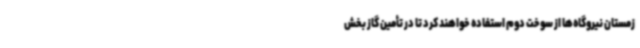
زمستان نیروگاه‌ها از سوخت دوم استفاده خواهند کرد تا در تأمین گاز بخش